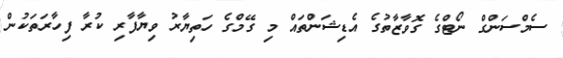
ސެމްސަންގް ނޯޓްގެ ގޮވާޒާތުގެ އެޑިޝަންތައް މި ގޭމްގެ ހަތިޔާރު ވިޔާފާރި ކުރާ ފިހާރަތަކުން